Annual report on the working of the mental hospitals in the Madras Presidency - 1912-1932
Year: 1912
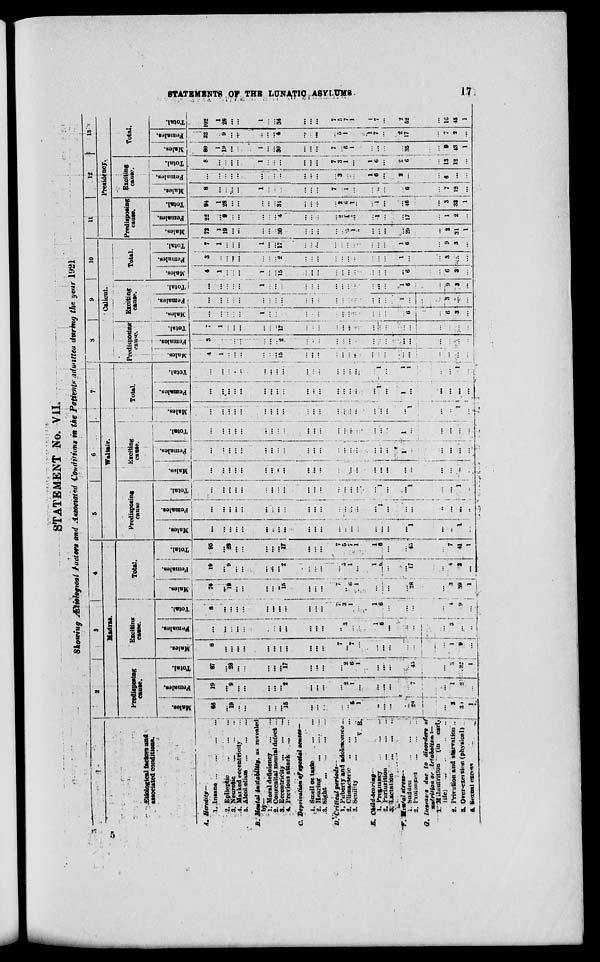
STATEMENTS OF
THE
LUNATIC
ASYLUMS
17
STATEMENT No. VII
Showing Ætiological Factors and Associated Condition in the Patients admitted during the year 1921
1
A. Heredity—
1.Insane
...
...
...
...
2.
Epileptic
...
...
...
3.
Neurotic
...
...
...
4. Marked ecceentricity ...
5. Alcoholism ... ... ...
B. Mental instability, as revealed
by—
1. Moral deficiency
... ...
2. Coupenital mental defect ...
3. Eocentricity ... ... ...
4. Previous attack ... ...
C. Departments of special causes—
1. Smell or taste
...
...
2. Hearing
...
...
...
3. Sight ... ... ... ...
D. Critical periods—
1. Puberty and adolescence ...
2. Climacteric ... ... ...
3. Senility ... ... ...
V. B.
E. Child-bearing—
1. Pregnancy ... ... ...
2. Parturition ...
...
...
3. Lactation ... ... ...
1.
Sudden
...
...
...
2. Proiongea
... ... ...
G. Deseases due to disorders of
nutrition or
letabetism:—
1.
Malnutrition
(in early
life)
...
...
...
...
2. Privation and starvation ..
3. Over-exertion (physical)..
4. Sexual excess ... ... ...
2
3
4
Madras.
Predisposing
cause.
Males.
68
...
19
...
...
...
...
...
15
...
...
...
...
...
5
1
...
...
...
...
28
...
2
30
1
Females.
19
...
9
...
...
...
...
...
2
...
...
...
...
2
1
...
...
...
...
...
17
...
1
2
...
Total.
67
...
28
...
...
...
...
...
17
...
...
...
...
2
6
1
...
...
...
...
45
...
3
32
1
Exciting
cause.
Males.
8
...
...
...
...
...
...
...
...
...
...
...
7
...
7
...
...
...
...
...
...
...
1
9
...
Females.
...
...
...
...
...
...
...
...
...
...
...
...
..
3
...
...
1
6
...
...
...
...
3
...
...
Total.
8
...
...
...
...
...
...
...
...
...
...
...
7
3
7
...
1
6
...
...
...
...
4
9
...
Total.
Males.
76
...
19
...
...
...
...
...
15
...
...
...
7
..
6
1
...
...
...
...
28
...
3
39
1
Females.
19
...
9
...
...
...
...
...
2
...
...
...
...
5
1
...
1
6
...
...
17
...
4
2
...
Total.
95
...
28
...
...
...
...
...
17
...
...
...
7
5
7
1
1
6
...
...
45
...
7
41
1
5
6
7
Waltair.
Predisposing
cause
Males.
...
...
...
...
...
...
...
...
...
...
...
...
...
..
...
...
...
...
...
...
1
j
...
...
1
...
Females.
...
...
...
...
...
...
...
...
...
...
...
...
...
...
...
...
...
1
...
...
...
!
...
...
...
...
Total.
...
...
...
...
...
...
...
...
...
...
...
...
...
...
...
...
...
1
...
...
1
...
...
1
...
Exciting
cause.
Males.
...
...
...
...
...
...
...
...
...
...
...
...
...
...
...
...
...
...
...
...
...
...
...
...
Females.
...
...
...
...
...
...
...
...
...
...
...
...
...
...
...
...
...
...
...
1
1
...
...
...
...
Total.
...
...
...
...
...
...
...
...
...
...
...
...
...
...
...
...
...
... ...
1
...
...
...
...
...
Total.
Males.
...
...
...
...
...
...
...
...
...
...
...
...
... ...
...
...
...
...
...
...
1
...
...
1
...
Females.
...
...
...
...
...
...
...
...
...
...
...
...
...
...
...
...
...
1
...
1
...
...
...
...
...
Total.
...
...
...
...
...
...
...
... ...
...
...
...
...
...
...
...
...
1
...
1
1
...
...
1
...
8
9
10
Calicut.
Predisposing
cause.
Males.
4
1
...
...
...
...
...
...
15
...
...
...
...
...
...
...
...
...
...
...
...
"' i
...
...
...
...
Females.
3
...
...
...
...
...
...
...
2
...
...
...
...
...
...
...
...
...
...
...
...
...
...
...
Total.
7
1
...
...
...
...
...
...
17
...
...
...
...
...
...
...
...
...
...
...
...
...
...
...
...
Exciting
cause.
Males.
...
...
...
...
...
1
...
...
...
...
...
...
...
...
...
...
...
...
...
...
6
i
...
6
3
...
Females.
...
...
...
...
...
...
...
...
...
...
...
...
...
...
...
...
...
...
...
1
...
...
...
3
...
...
Total.
...
...
...
...
...
1
...
...
...
...
...
...
...
...
...
...
...
...
...
1
6
...
9
3
...
Total.
Males.
4
1
...
...
...
1
...
...
15
...
...
...
...
...
...
...
...
...
...
...
6
...
6
3
...
Females.
3
...
...
...
...
...
...
...
2
...
...
...
...
...
...
...
...
...
...
1
...
...
3
...
...
Total.
7
1
...
...
...
1
...
...
17
...
...
...
...
...
...
...
...
...
...
1
6
...
9
3
...
11
12
13
Presidency.
Predisposing
cause.
Males.
72
1
19
...
...
...
...
...
30
...
...
...
...
...
5
1
...
...
...
...
29
...
2
31
1
Females.
22
...
9
...
...
...
...
...
4
...
...
...
...
2
1
...
...
1
...
...
17
...
1
2
...
Total.
94
1
28
...
...
...
...
...
34
...
...
...
...
2
6
1
...
1
...
...
46
...
3
33
1
Exciting
cause.
Males.
8
...
...
....
...
1
...
...
...
...
...
...
7
...
1
...
...
..
...
...
6
...
7
12
...
Females.
...
...
...
...
...
...
...
...
...
...
...
...
...
3
...
...
1
6
...
2
...
...
6
...
...
Total.
8
...
...
...
...
1
...
...
...
...
...
...
7
3
1
...
1
6
...
2
6
i
...
13
12
...
Total.
Males.
80
1
19
...
...
1
...
...
30
...
...
...
7
...
6
1
...
...
...
...
35
...
9
43
1
Females.
22
...
9
...
...
...
...
...
4
...
...
...
...
5
1
...
1
7
...
2
17
...
7
2
...
Total.
102
1
28
...
...
1
...
...
34
...
...
...
7
5
7
1
1
7
...
2
52
...
16
45
1
5